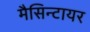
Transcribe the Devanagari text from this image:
मैसिन्टायर